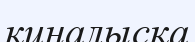
қиналысқа